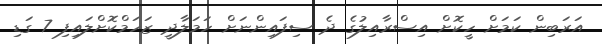
އަރަބިން ކަމަށް ހީކޮށް އިސްރާއިލުގެ ދެ ސިފައިންނަށް ހަމަލާދީ ޒަހަމްކޮށްލައިފި 7 ގަޑި